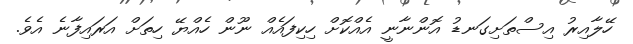
ހޭލާއިރު އިސްތަށިގަނޑު އޮންނާނީ އެއްކޮށް ހިކިފައެއް ނޫން ހެއްޔޭ ހިތަށް އަރައިފާނެ އެވެ.